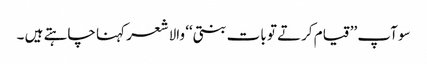
سو آپ ’’قیام کرتے تو بات بنتی‘‘ والا شعر کہنا چاہتے ہیں ۔